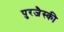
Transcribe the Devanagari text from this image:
पुरजैस्की